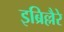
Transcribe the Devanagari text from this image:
इब्रिल्लैरे